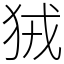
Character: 狨